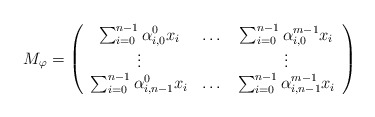
\begin{align*}M_{\varphi}=\left(\begin{array}{ccc}\sum_{i=0}^{n-1}\alpha_{i,0}^{0}x_{i} & \dotso & \sum_{i=0}^{n-1}\alpha_{i,0}^{m-1}x_{i} \\\vdots & & \vdots\\\sum_{i=0}^{n-1}\alpha_{i,n-1}^{0}x_{i} & \dotso & \sum_{i=0}^{n-1}\alpha_{i,n-1}^{m-1}x_{i}\end{array}\right)\end{align*}